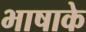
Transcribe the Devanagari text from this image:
भाषाके